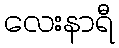
လေးနာရီ